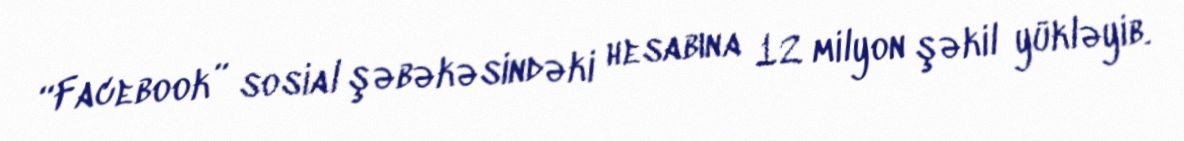
“Facebook” sosial şəbəkəsindəki hesabına 12 milyon şəkil yükləyib.